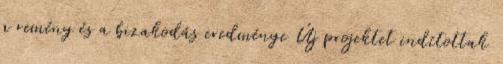
a remény és a bizakodás eredménye Új projektet indítottak